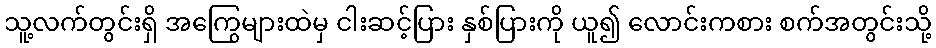
သူ့လက်တွင်းရှိ အကြွေများထဲမှ ငါးဆင့်ပြား နှစ်ပြားကို ယူ၍ လောင်းကစား စက်အတွင်းသို့